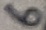
Text: 6